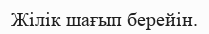
Жілік шағып берейін.